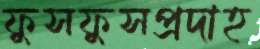
ফুসফুসপ্রদাহ